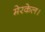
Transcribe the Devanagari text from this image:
मेरकेल।